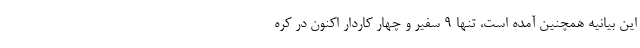
این بیانیه همچنین آمده است، تنها ۹ سفیر و چهار کاردار اکنون در کره